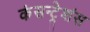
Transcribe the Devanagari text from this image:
कंसन्ट्रेशंस